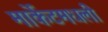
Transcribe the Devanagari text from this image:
मार्केटमधली